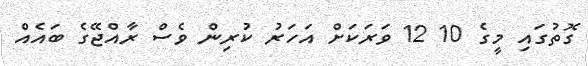
ގޮތުގައި މީގެ 10 12 ވަރަކަށް އަހަރު ކުރިން ވެސް ރާއްޖޭގެ ބައެއް